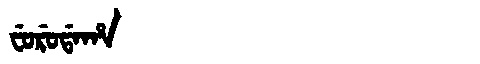
Manchu: ᠸᡠᡵᡠᡩᠠᡥᠠ
Romanization: FURUDAHA